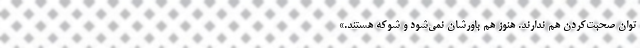
توان صحبت‌کردن هم ندارند. هنوز هم باورشان نمی‌شود و شوکه هستند.»